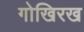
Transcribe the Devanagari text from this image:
गोखिरख